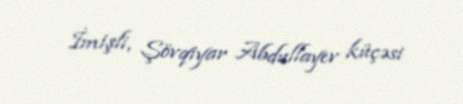
İmişli, Şövqiyar Abdullayev küçəsi